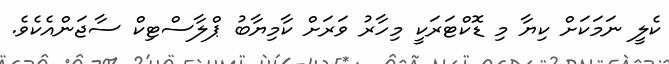
ކެލީ ނަމަކަށް ކިޔާ މި ޑޮކްޓަރަކީ މިހާރު ވަރަށް ކާމިޔާބު ޕްލާސްޓިކް ސާޖަންއެކެވެ.